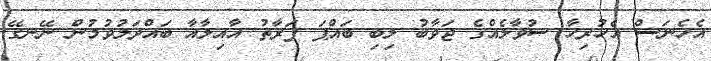
އެހެނަސް އެހުރިހާ ސުވާލެއްގެ ޖަވާބު ލިބި ބައްޕަ ފަރާތު އާއިލާއާ ބައްދަލުވުމުން ނޭނގޭ